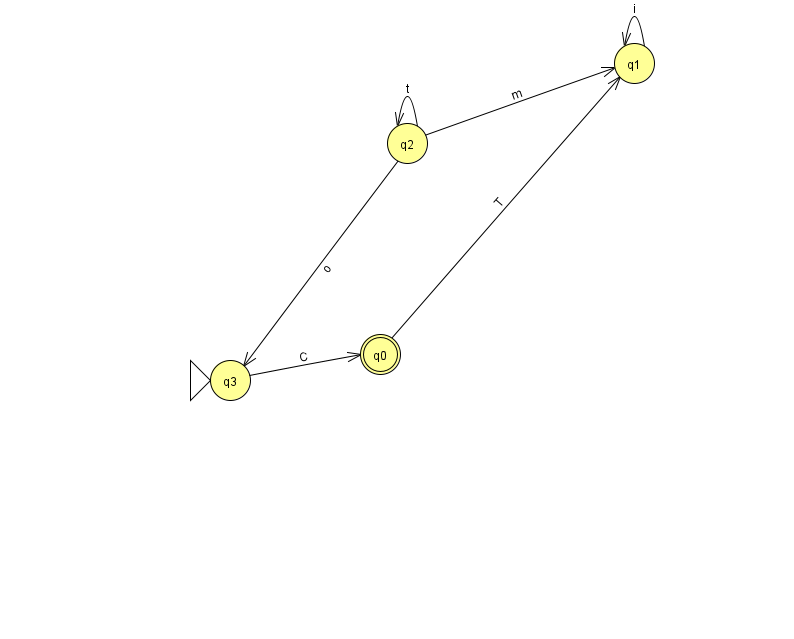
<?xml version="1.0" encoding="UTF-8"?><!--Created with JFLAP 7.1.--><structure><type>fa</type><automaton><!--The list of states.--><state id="0" name="q0"><x>380.0</x><y>341.0</y><final/></state><state id="1" name="q1"><x>634.0</x><y>50.0</y></state><state id="2" name="q2"><x>407.0</x><y>130.0</y></state><state id="3" name="q3"><x>230.0</x><y>367.0</y><initial/></state><!--The list of transitions.--><transition><from>3</from><to>0</to><read>C</read></transition><transition><from>2</from><to>2</to><read>t</read></transition><transition><from>2</from><to>3</to><read>o</read></transition><transition><from>1</from><to>1</to><read>i</read></transition><transition><from>2</from><to>1</to><read>m</read></transition><transition><from>0</from><to>1</to><read>T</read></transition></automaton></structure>